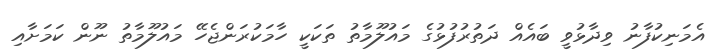
އެމަނިކުފާނު ވިދާޅުވީ ބައެއް ދަތުރުފުޅުގެ މައުލޫމާތު ތަކަކީ ހާމަކުރަންޖެހޭ މައުލޫމާތު ނޫން ކަމަށާއި